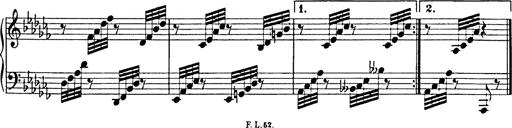
Title: 8 Variations
Composer: Franz Liszt
Key: A-flat major